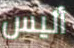
أليس